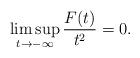
LaTeX: \begin{align*}\limsup_{t \to -\infty} \frac{F(t)}{t^2}=0.\end{align*}